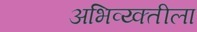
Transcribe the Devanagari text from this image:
अभिव्य्क्तीला